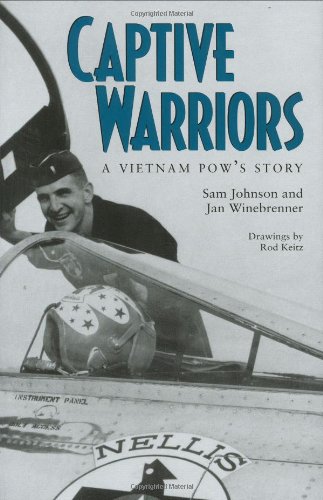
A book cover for Captive Warriors: A Vietnam POW's Story (Texas A & M University Military History Series 23); Sam Johnson; History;